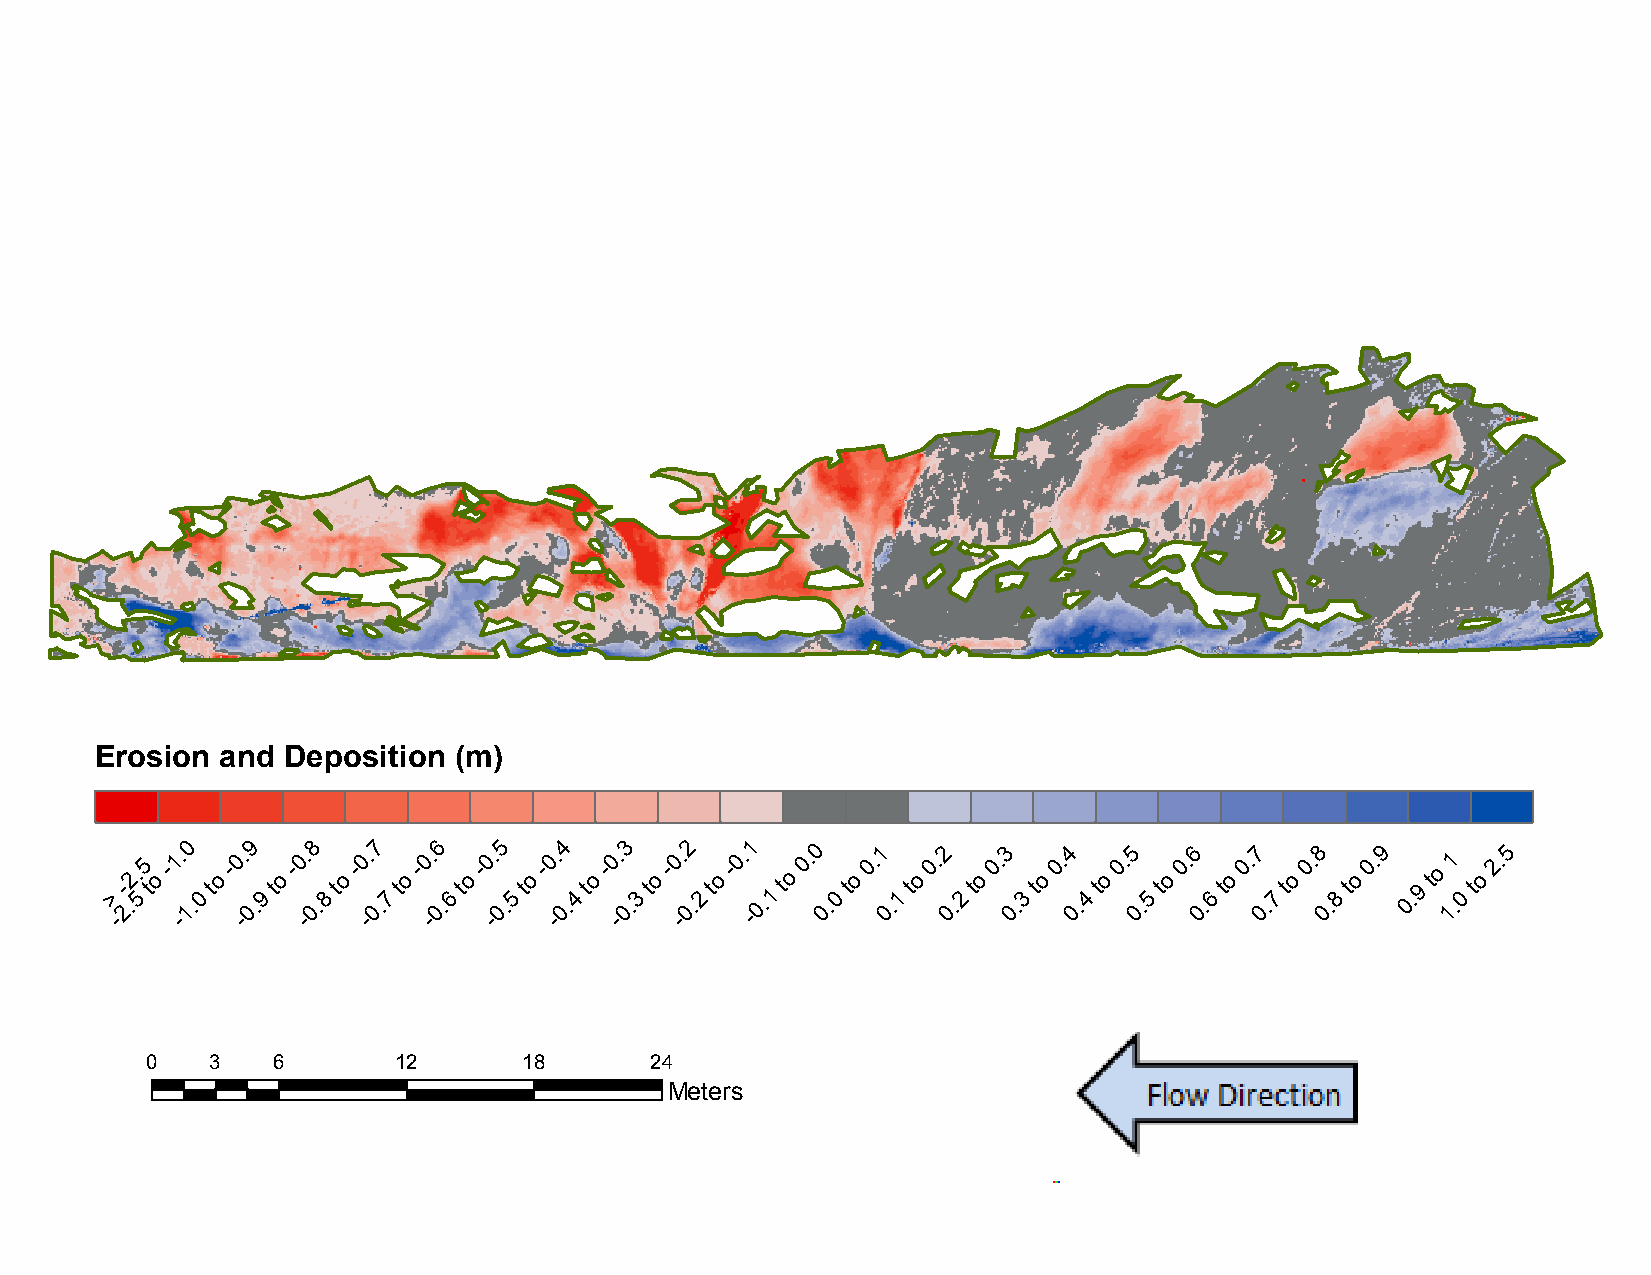
B2:   April     2015     to  November           2015
 Erosion  and Deposition (m)
 >
 -
 -
 2.2.
 5
 5
 t
 o
 -1 -. 10
 .0
 to
 -0 -. 09
 .9
 to
 -0 -. 08
 .8
 to
 -0 -. 07
 .7
 to
 -0 -. 06
 .6
 to
 -0 -. 05
 .5
 to
 -0 -. 04
 .4
 to
 -0 -. 03
 .3
 to
 -0 -. 02
 .2
 to
 -0. -1
 0.1
 to
 0. 0
 0.
 0
 to
 0.1
 0
 .1
 to
 0.2
 0
 .2
 to
 0.3
 0
 .3
 to
 0.4
 0.
 4
 to
 0.5
 0.
 5
 to
 0.6
 0.
 6
 to
 0.7
 0.
 7
 to
 0.8
 0.
 8
 to
 0.9
 0. 9
 to
 11
 .0
 to
 2.5
 0   3   6       12       18      24
 Meters